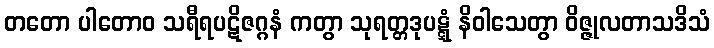
တတော ပါတောဝ သရီရပဋိဇဂ္ဂနံ ကတွာ သုရတ္တဒုပဋ္ဋံ နိဝါသေတွာ ဝိဇ္ဇုလတာသဒိသံ